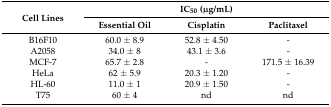
<table><thead><tr><td rowspan="2"><b>Cell Lines</b></td><td colspan="3"><b>IC<sub>50</sub> (μg/mL) </b></td></tr><tr><td><b>Essential Oil</b></td><td><b>Cisplatin</b></td><td><b>Paclitaxel</b></td></tr></thead><tbody><tr><td>B16F10</td><td>60.0 ± 8.9</td><td>52.8 ± 4.50</td><td>-</td></tr><tr><td>A2058</td><td>34.0 ± 8</td><td>43.1 ± 3.6</td><td>-</td></tr><tr><td>MCF-7</td><td>65.7 ± 2.8</td><td>-</td><td>171.5 ± 16.39</td></tr><tr><td>HeLa</td><td>62 ± 5.9</td><td>20.3 ± 1.20</td><td>-</td></tr><tr><td>HL-60</td><td>11.0 ± 1</td><td>20.9 ± 1.50</td><td>-</td></tr><tr><td>T75</td><td>60 ± 4</td><td>nd</td><td>nd</td></tr></tbody></table>